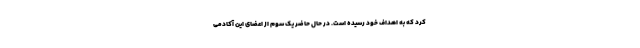
کرد که به اهداف خود رسیده است. در حال حاضر یک سوم از اعضای این آکادمی